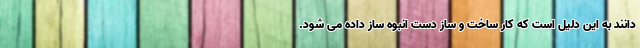
دانند به این دلیل است که کار ساخت و ساز دست انبوه ساز داده می شود.